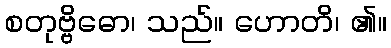
စတုဗ္ဗိဓော၊ သည်။ ဟောတိ၊ ၏။